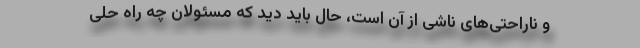
و ناراحتی‌های ناشی از آن است، حال باید دید که مسئولان چه راه حلی